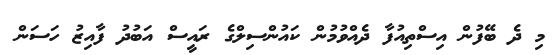
މި ދެ ބޭފުުން އިސްތިއުފާ ދެއްވުމުން ކައުންސިލްގެ ރައީސް އަބުދު ފާއިޒު ހަސަން